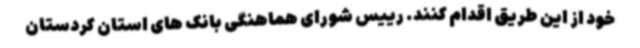
خود از این طریق اقدام کنند. رییس شورای هماهنگی بانک های استان کردستان